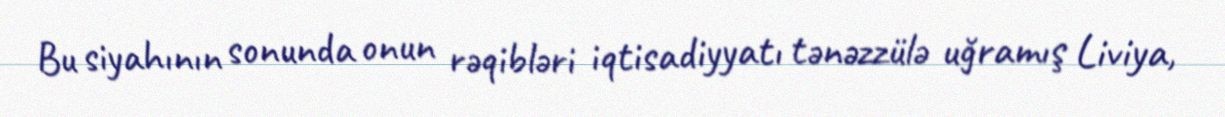
Bu siyahının sonunda onun rəqibləri iqtisadiyyatı tənəzzülə uğramış Liviya,